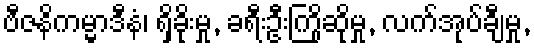
ဗီဇနိကမ္မာဒီနံ၊ ရှိခိုးမှု, ခရီးဦးကြိုဆိုမှု, လက်အုပ်ချီမှု,